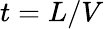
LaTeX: t=L/V